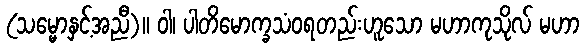
(သမ္မောနှင့်အညီ)။ ဝါ၊ ပါတိမောက္ခသံဝရတည်းဟူသော မဟာကုသိုလ် မဟာ